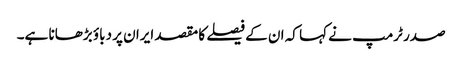
صدر ٹرمپ نے کہا کہ ان کے فیصلے کا مقصد ایران پر دباؤ بڑھانا ہے۔